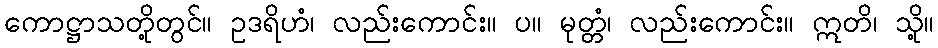
ကောဋ္ဌာသတို့တွင်။ ဥဒရိဟံ၊ လည်းကောင်း။ ပ။ မုတ္တံ၊ လည်းကောင်း။ ဣတိ၊ သို့။